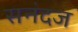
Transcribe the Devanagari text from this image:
सनंदज